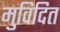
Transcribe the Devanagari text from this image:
मुविदित